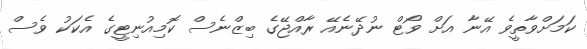
ކަމަށްވާތީވެ އޭނާ އަށް ވޯޓް ނުދޭނެއޭ ރާއްޖޭގެ ބިޒްނެސް ކޮމިއުނިޓީގެ އެކަކު ވެސް